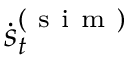
\dot { \boldsymbol { s } } _ { t } ^ { ( \mathrm { ~ s ~ i ~ m ~ } ) }